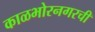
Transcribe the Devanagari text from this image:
काळभोरनगरची